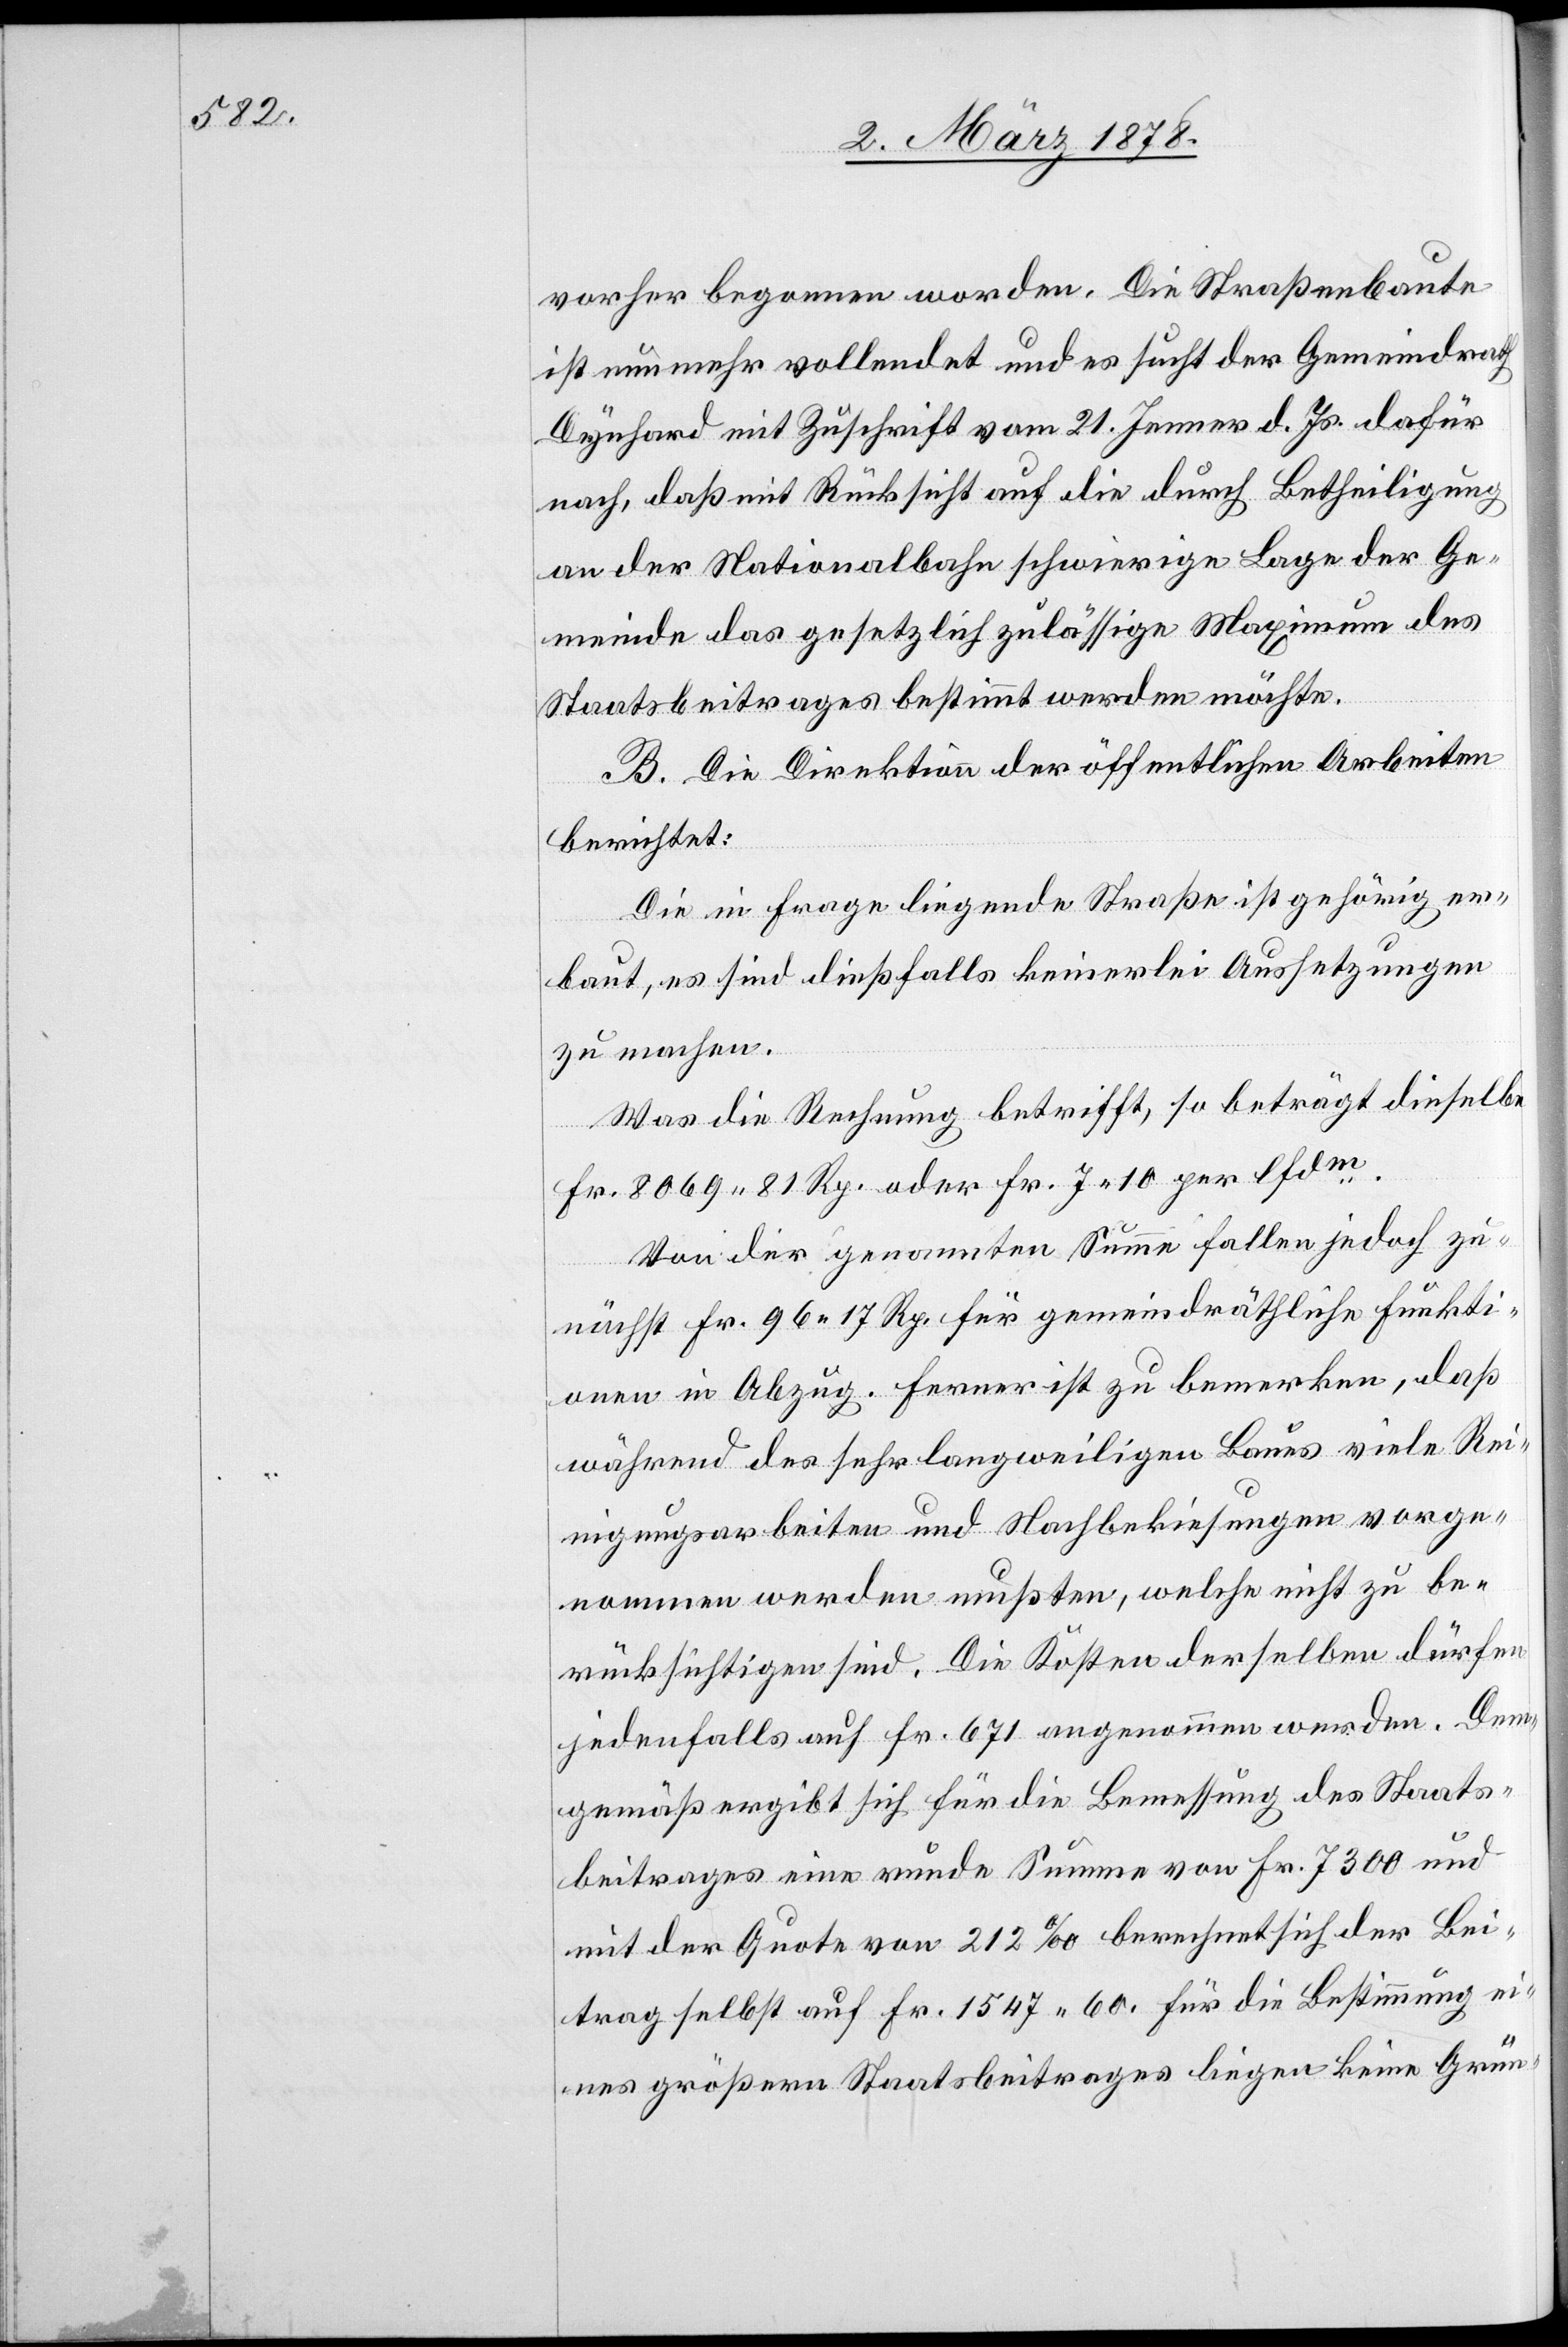
vorher begonnen worden. Die Straßenbaute
ist nunmehr vollendet und es sucht der Gemeindrath
Dynhard mit Zuschrift vom 21. Jenner d. Js. dafür
nach, daß mit Rücksicht auf die durch Betheiligung
an der Nationalbahn schwierige Lage der Ge¬
meinde das gesetzlich zulässige Maximum des
Staatsbeitrages bestimmt werden möchte.
B. Die Direktion der öffentlichen Arbeiten
berichtet:
Die in Frage liegende Straße ist gehörig er¬
baut, es sind dießfalls keinerlei Aussetzungen
zu machen.
Was die Rechnung betrifft, so beträgt dieselbe
Fr. 8069. 81 Rp. oder Fr. 7. 10 per lfdm.
Von der genannten Summe fallen jedoch zu¬
nächst Fr. 96. 17 Rp. für gemeindräthliche Funkti¬
onen in Abzug. Ferner ist zu bemerken, daß
während des sehr langweiligen Baues viele Rei¬
nigungsarbeiten und Nachbekiesungen vorge¬
nommen werden mußten, welche nicht zu be¬
rücksichtigen sind. Die Kosten derselben dürfen
jedenfalls auf Fr. 671 angenommen werden. Dem¬
gemäß ergibt sich für die Bemessung des Staats¬
beitrages eine runde Summe von Fr. 7300 und
mit der Quote von 212‰ berechnet sich der Bei¬
trag selbst auf Fr. 1547. 60. Für die Bestimmung ei¬
nes größern Staatsbeitrages liegen keine Grün-